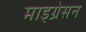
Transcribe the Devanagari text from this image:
माइग्रेसन